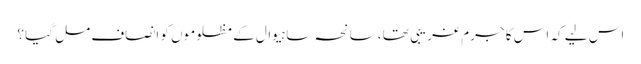
اس لیے کہ اس کا جرم غریبی تھا ،سانحہ ساہیوال کے مظلوموں کو انصاف مل گیا ؟